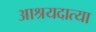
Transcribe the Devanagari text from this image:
आश्रयदात्या